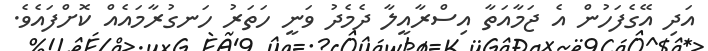
އަދި އޭގެފަހުން އެ ޖަމާއަތާ އިސްރާއީލާ ދެމެދު ވަނީ ހަތަރު ހަނގުރާމައެއް ކޮށްފައެވެ.